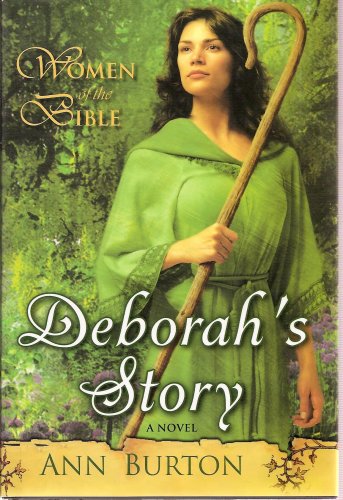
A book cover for Women of the Bible: Deborah's Story, Large Print Edition; Ann Burton; Christian Books & Bibles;